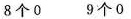
8个0 9个0